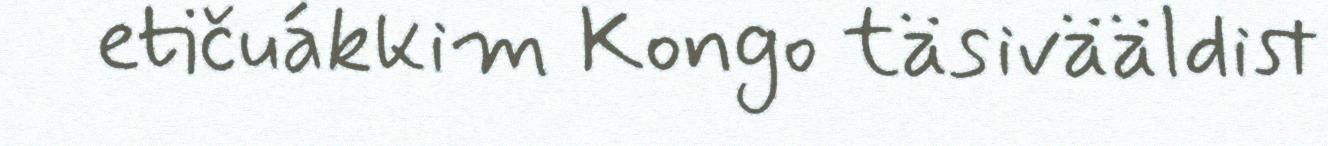
etičuákkim Kongo täsivääldist